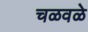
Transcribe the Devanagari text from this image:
चळवळे